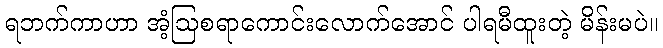
ရဘက်ကာဟာ အံ့ဩစရာကောင်းလောက်အောင် ပါရမီထူးတဲ့ မိန်းမပဲ။